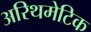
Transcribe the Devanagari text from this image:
अरिथमेटिक